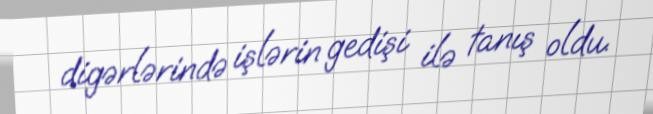
digərlərində işlərin gedişi ilə tanış oldu.